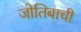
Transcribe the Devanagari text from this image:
जोतिबाची